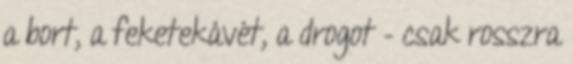
a bort, a feketekávét, a drogot – csak rosszra